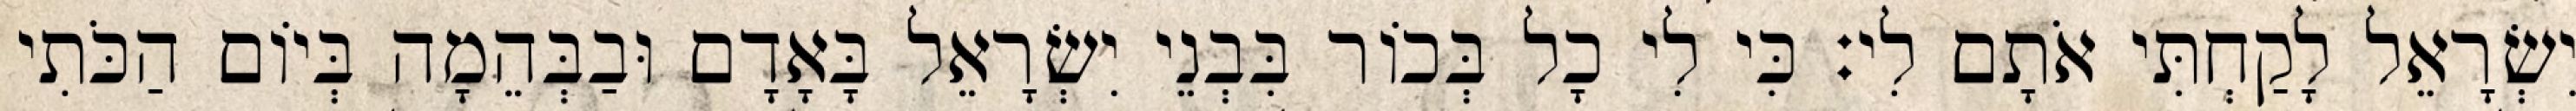
יִשְׂרָאֵל לָקַחְתִּי אֹתָם לִי׃ כִּי לִי כָל בְּכוֹר בִּבְנֵי יִשְׂרָאֵל בָּאָדָם וּבַבְּהֵמָה בְּיוֹם הַכֹּתִי